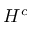
H ^ { c }